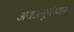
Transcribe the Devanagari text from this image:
अवअवूदेय्यार